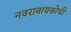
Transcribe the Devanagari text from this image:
नवराबायकोचीं